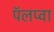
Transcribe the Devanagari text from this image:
पॅलप्वा